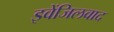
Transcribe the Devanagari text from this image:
इवेंजिलवाद